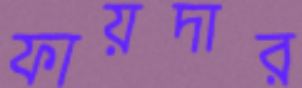
ফায়দার